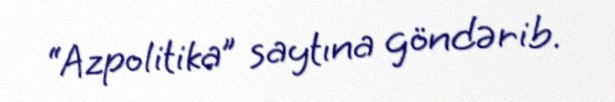
“Azpolitika” saytına göndərib.